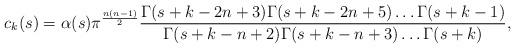
LaTeX: \begin{align*}c_k(s) = \alpha(s) \pi^{\frac{n(n-1)}{2}} \frac{\Gamma(s+k-2n+3) \Gamma(s+k-2n+5) \ldots \Gamma(s+k-1)}{\Gamma(s+k-n+2) \Gamma(s+k-n+3) \ldots \Gamma(s+k)},\end{align*}